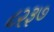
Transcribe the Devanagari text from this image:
८२३७